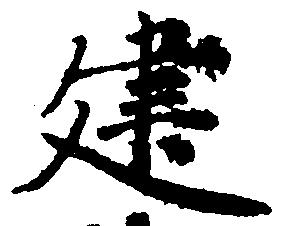
建